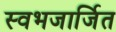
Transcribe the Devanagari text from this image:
स्वभजार्जित